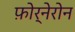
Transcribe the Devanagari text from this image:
फ़ोर्नेरोन